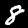
Digit: 8